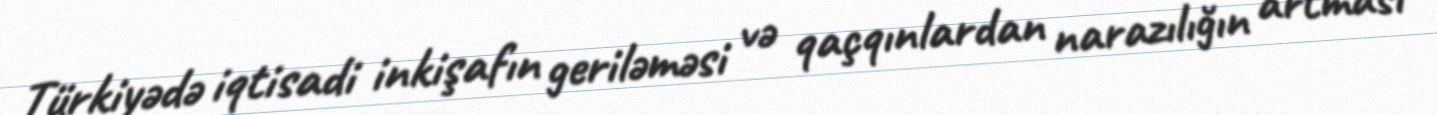
Türkiyədə iqtisadi inkişafın geriləməsi və qaçqınlardan narazılığın artması